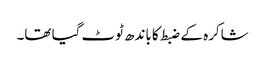
شاکرہ کے ضبط کا باندھ ٹوٹ گیا تھا۔